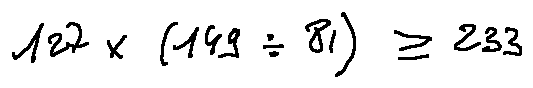
1 2 7 \times ( 1 4 9 \div 8 1 ) \geq 2 3 3